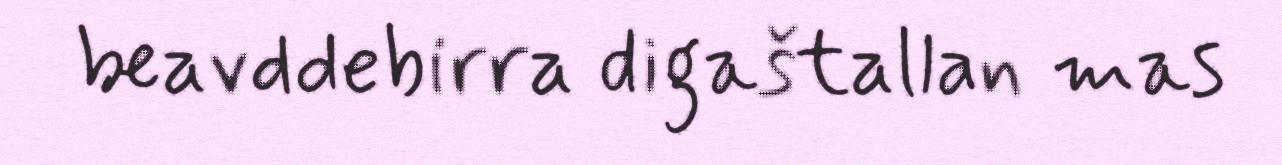
beavddebirra digaštallan mas